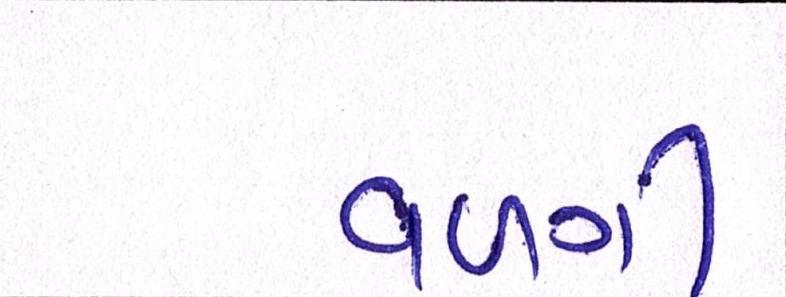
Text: વળગી